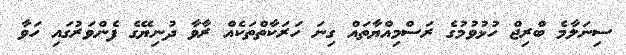
ސިނަލާމެ ބްރިޖް ހުޅުވުމުގެ ރަސްމިއްޔާތައް ގިނަ ހަރަކާތްތަކެއް ރާވާ ދުނިޔޭގެ ފެންވަރުގައި ހަވާ